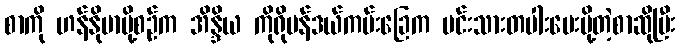
စာကို ဟန်နိုဗာပို့စဉ်က အိန္ဒိယ ကိုရိုမန်ဒယ်ကမ်းခြေက မင်းသားတပါးပေးပို့တဲ့စာဆိုပြီး